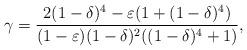
LaTeX: \begin{align*}\gamma = \frac{2(1-\delta)^4 - \varepsilon(1+(1-\delta)^4)}{(1-\varepsilon)(1-\delta)^2((1-\delta)^4 + 1)},\end{align*}